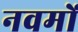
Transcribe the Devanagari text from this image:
नवमों